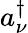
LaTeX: a_{\nu}^{\dagger}